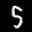
Label: 5